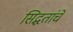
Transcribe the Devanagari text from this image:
सिद्धतांचे